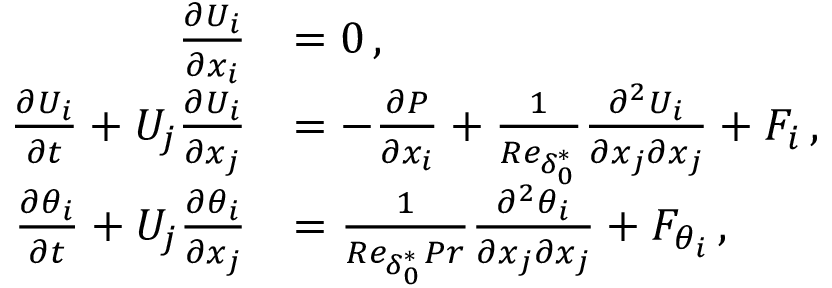
\begin{array} { r l } { \frac { \partial U _ { i } } { \partial x _ { i } } } & { = 0 \, , } \\ { \frac { \partial U _ { i } } { \partial t } + U _ { j } \frac { \partial U _ { i } } { \partial x _ { j } } } & { = - \frac { \partial P } { \partial x _ { i } } + \frac { 1 } { R e _ { \delta _ { 0 } ^ { * } } } \frac { \partial ^ { 2 } U _ { i } } { \partial x _ { j } \partial x _ { j } } + F _ { i } \, , } \\ { \frac { \partial \theta _ { i } } { \partial t } + U _ { j } \frac { \partial \theta _ { i } } { \partial x _ { j } } } & { = \frac { 1 } { R e _ { \delta _ { 0 } ^ { * } } P r } \frac { \partial ^ { 2 } \theta _ { i } } { \partial x _ { j } \partial x _ { j } } + F _ { \theta _ { i } } \, , } \end{array}